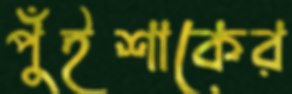
পুঁইশাকের